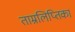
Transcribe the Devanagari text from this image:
ताम्रलिप्तिका